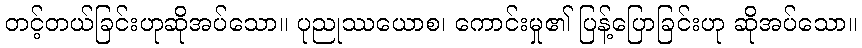
တင့်တယ်ခြင်းဟုဆိုအပ်သော။ ပုညုဿယောစ၊ ကောင်းမှု၏ ပြန့်ပြောခြင်းဟု ဆိုအပ်သော။